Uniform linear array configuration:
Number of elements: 8
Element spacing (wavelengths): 0.25
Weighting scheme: exponential
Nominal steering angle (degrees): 45
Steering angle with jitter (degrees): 45.039
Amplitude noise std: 0.05
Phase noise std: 0.05

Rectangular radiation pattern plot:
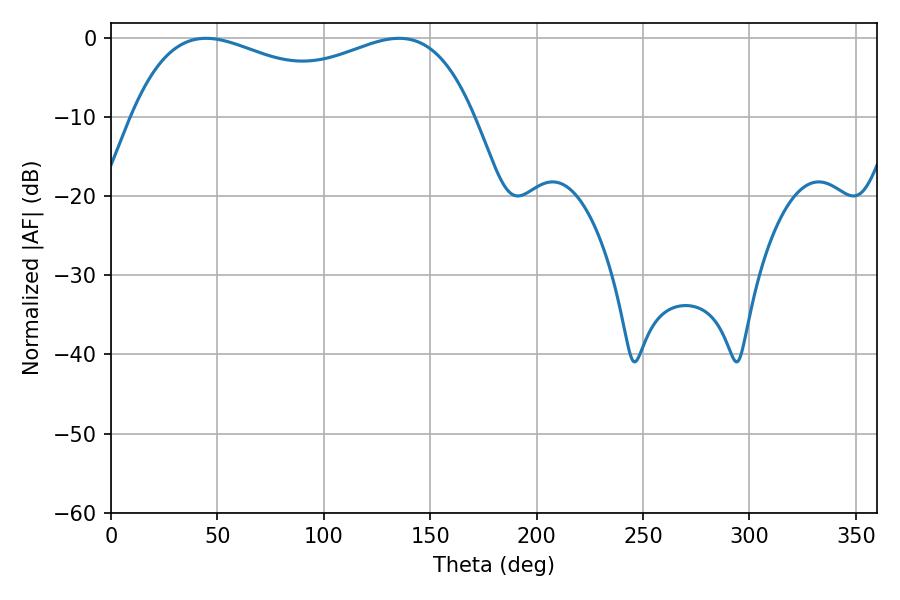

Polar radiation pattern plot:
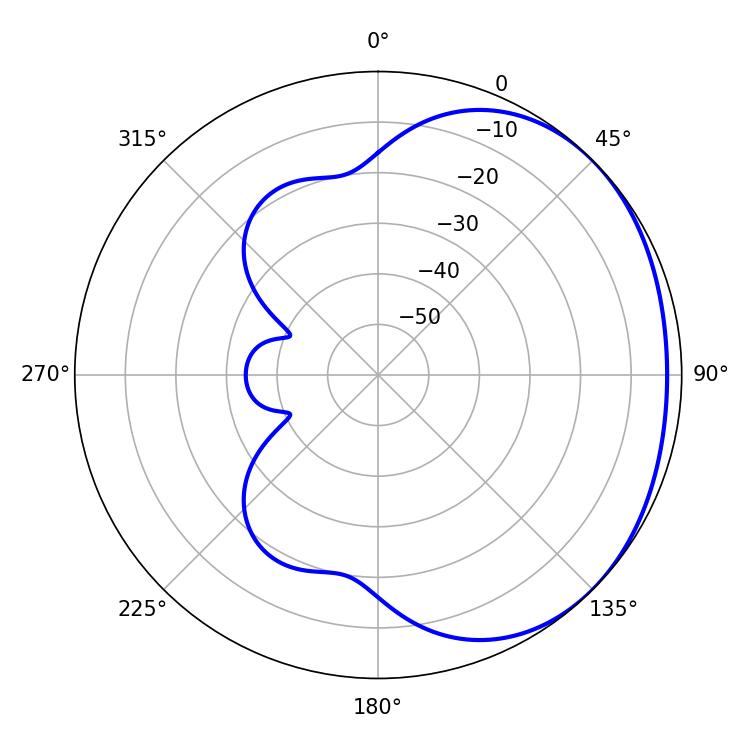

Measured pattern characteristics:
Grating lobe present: FALSE
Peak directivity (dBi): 1.567
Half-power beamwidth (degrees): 132.84
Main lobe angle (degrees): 44.64